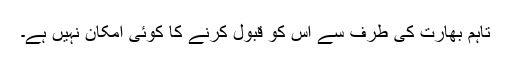
تاہم بھارت کی طرف سے اس کو قبول کرنے کا کوئی امکان نہیں ہے۔